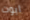
آبوت